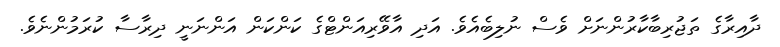
ދާއިރާގެ ތަޖުރިބާކާރުންނަށް ވެސް ނުލިބެއެވެ. އަދި އާވޭރިއަންޓްގެ ކަންކަން އަންނަނީ ދިރާސާ ކުރަމުންނެވެ.